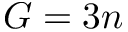
G = 3 n